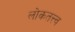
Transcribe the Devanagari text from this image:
लोकतत्त्व